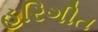
હરિગીત